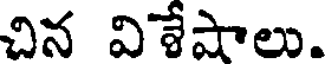
చిన విశేషాలు.